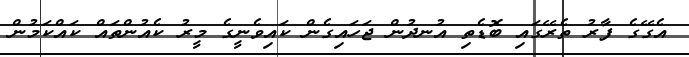
އެގޭގެ ފާރު ތެރޭގައި ބޮޑެތި އުނދުން ޖަހައިގެން ކައިވެނީގެ މީރު ކެއުންތައް ކައްކަމުން